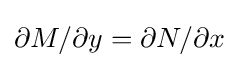
\partial M/\partial y=\partial N/\partial x